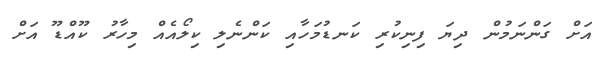
އަށް ގަންނަމުން ދިޔަ ފިނިކުރި ކަނޑުމަހާއި ކަންނެލި ކިލޯއެއް މިހާރު ކޫއްޑޫ އަށް